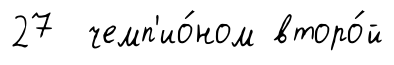
27 чемп'ио́ном второ́й